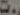
٣٠